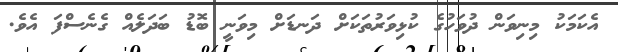
އެކަމަކު މިނިވަން ދުވަހުގެ ކުޅިވަރުތަކަށް ދަނޑަށް މިވަނީ ބޮޑު ބަދަލެއް ގެނެސްފަ އެވެ.